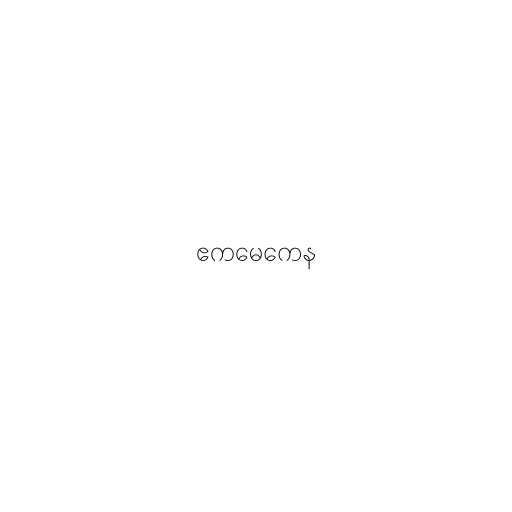
ဧကမေကေန